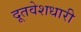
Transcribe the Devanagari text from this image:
दूतवेशधारी